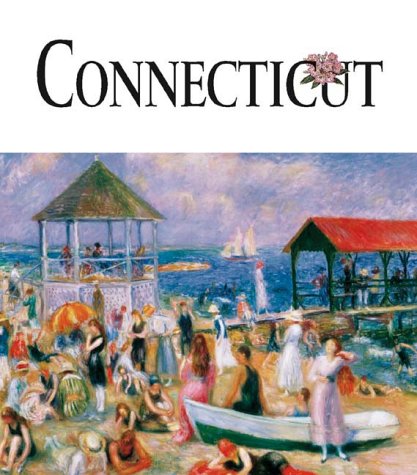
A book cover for Connecticut (Art of the State); Patricia Harris; Travel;